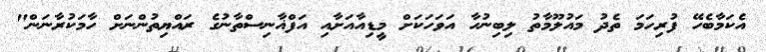
އެކަމާބެހޭ ފުރިހަމަ ތެދު މައުލޫމާތު ލިބިނުހާ އަވަހަކަށް މީޑިއާއަށާއި އަފްޣާނިސްތާނުގެ ރައްޔިތުންނަށް ހާމަކުރާނަން"